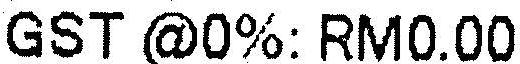
GST @0%: RM0.00